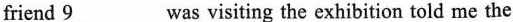
friend \underline{9} was visiting the exhibition told me the